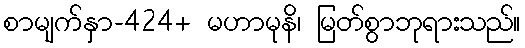
စာမျက်နှာ-424+ မဟာမုနိ၊ မြတ်စွာဘုရားသည်။